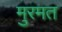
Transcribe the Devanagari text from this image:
मुरमत